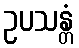
ဥပသန္တံ